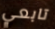
تابعي